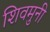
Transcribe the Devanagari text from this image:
शिवमुनी